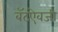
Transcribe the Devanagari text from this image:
बॅटऐवजी